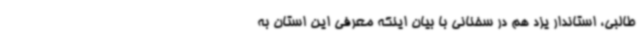
طالبی، استاندار یزد هم در سخنانی با بیان اینکه معرفی این استان به